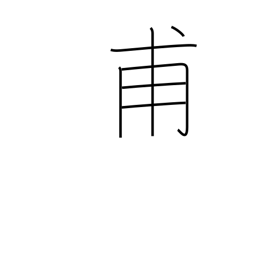
Meaning: for the first time